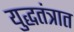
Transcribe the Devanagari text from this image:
युद्धतंत्रात